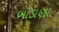
બોડાણા